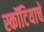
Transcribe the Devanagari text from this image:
स्कॉटियाचे